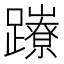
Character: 𨇉